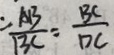
\frac { A B } { B C } = \frac { B C } { D C }